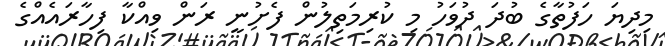
މިދިޔަ ހަފުތާގެ ބުދަ ދުވަހު މި ކުރިމަތިލުން ފެށުނީ ރަން ވިއްކާ ފިހާރައެއްގެ